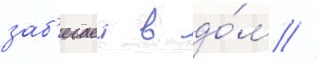
заб'егает в до́м //